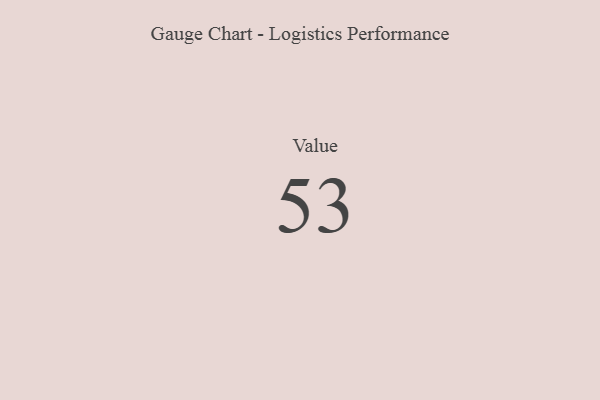
{"axis": {"x": "Metric", "y": "Value"}, "legend": [""], "data": [{"x": "Value", "y": 53, "type": ""}]}